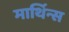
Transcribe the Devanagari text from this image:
मार्थिन्स